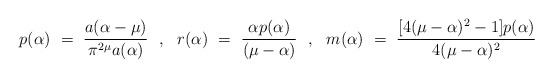
\begin{align*}p(\alpha) ~=~ \frac{a(\alpha-\mu)}{\pi^{2\mu}a(\alpha)} ~~,~~r(\alpha) ~=~ \frac{\alpha p(\alpha)}{(\mu-\alpha)} ~~,~~m(\alpha) ~=~ \frac{[4(\mu-\alpha)^2-1] p(\alpha)}{4(\mu-\alpha)^2}\end{align*}